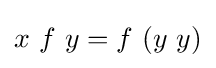
x\ f\ y=f\ (y\ y)